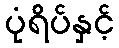
ပုံရိပ်နှင့်